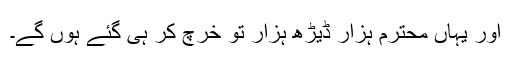
اور یہاں محترم ہزار ڈیڑھ ہزار تو خرچ کر ہی گئے ہوں گے۔